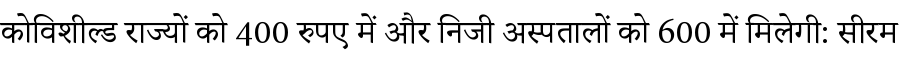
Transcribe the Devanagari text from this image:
कोविशील्ड राज्यों को 400 रुपए में और निजी अस्पतालों को 600 में मिलेगी: सीरम